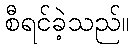
စီရင်ခဲ့သည်။